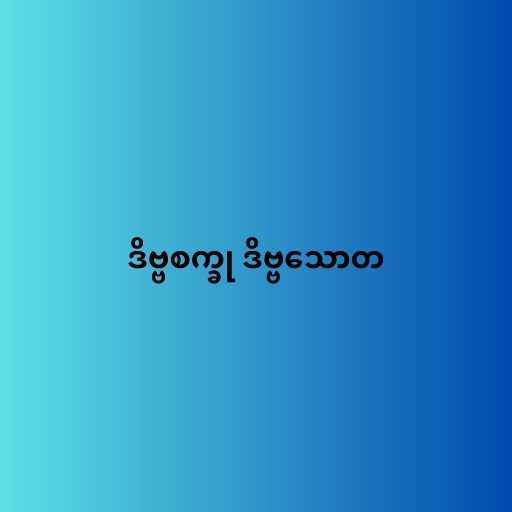
ဒိဗ္ဗစက္ခု ဒိဗ္ဗသောတ